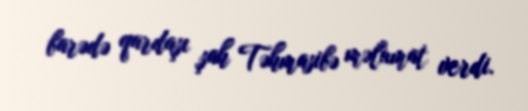
barədə qardaşı şah Təhmasibə məlumat verdi.